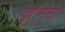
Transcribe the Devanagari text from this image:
झुलूंचा